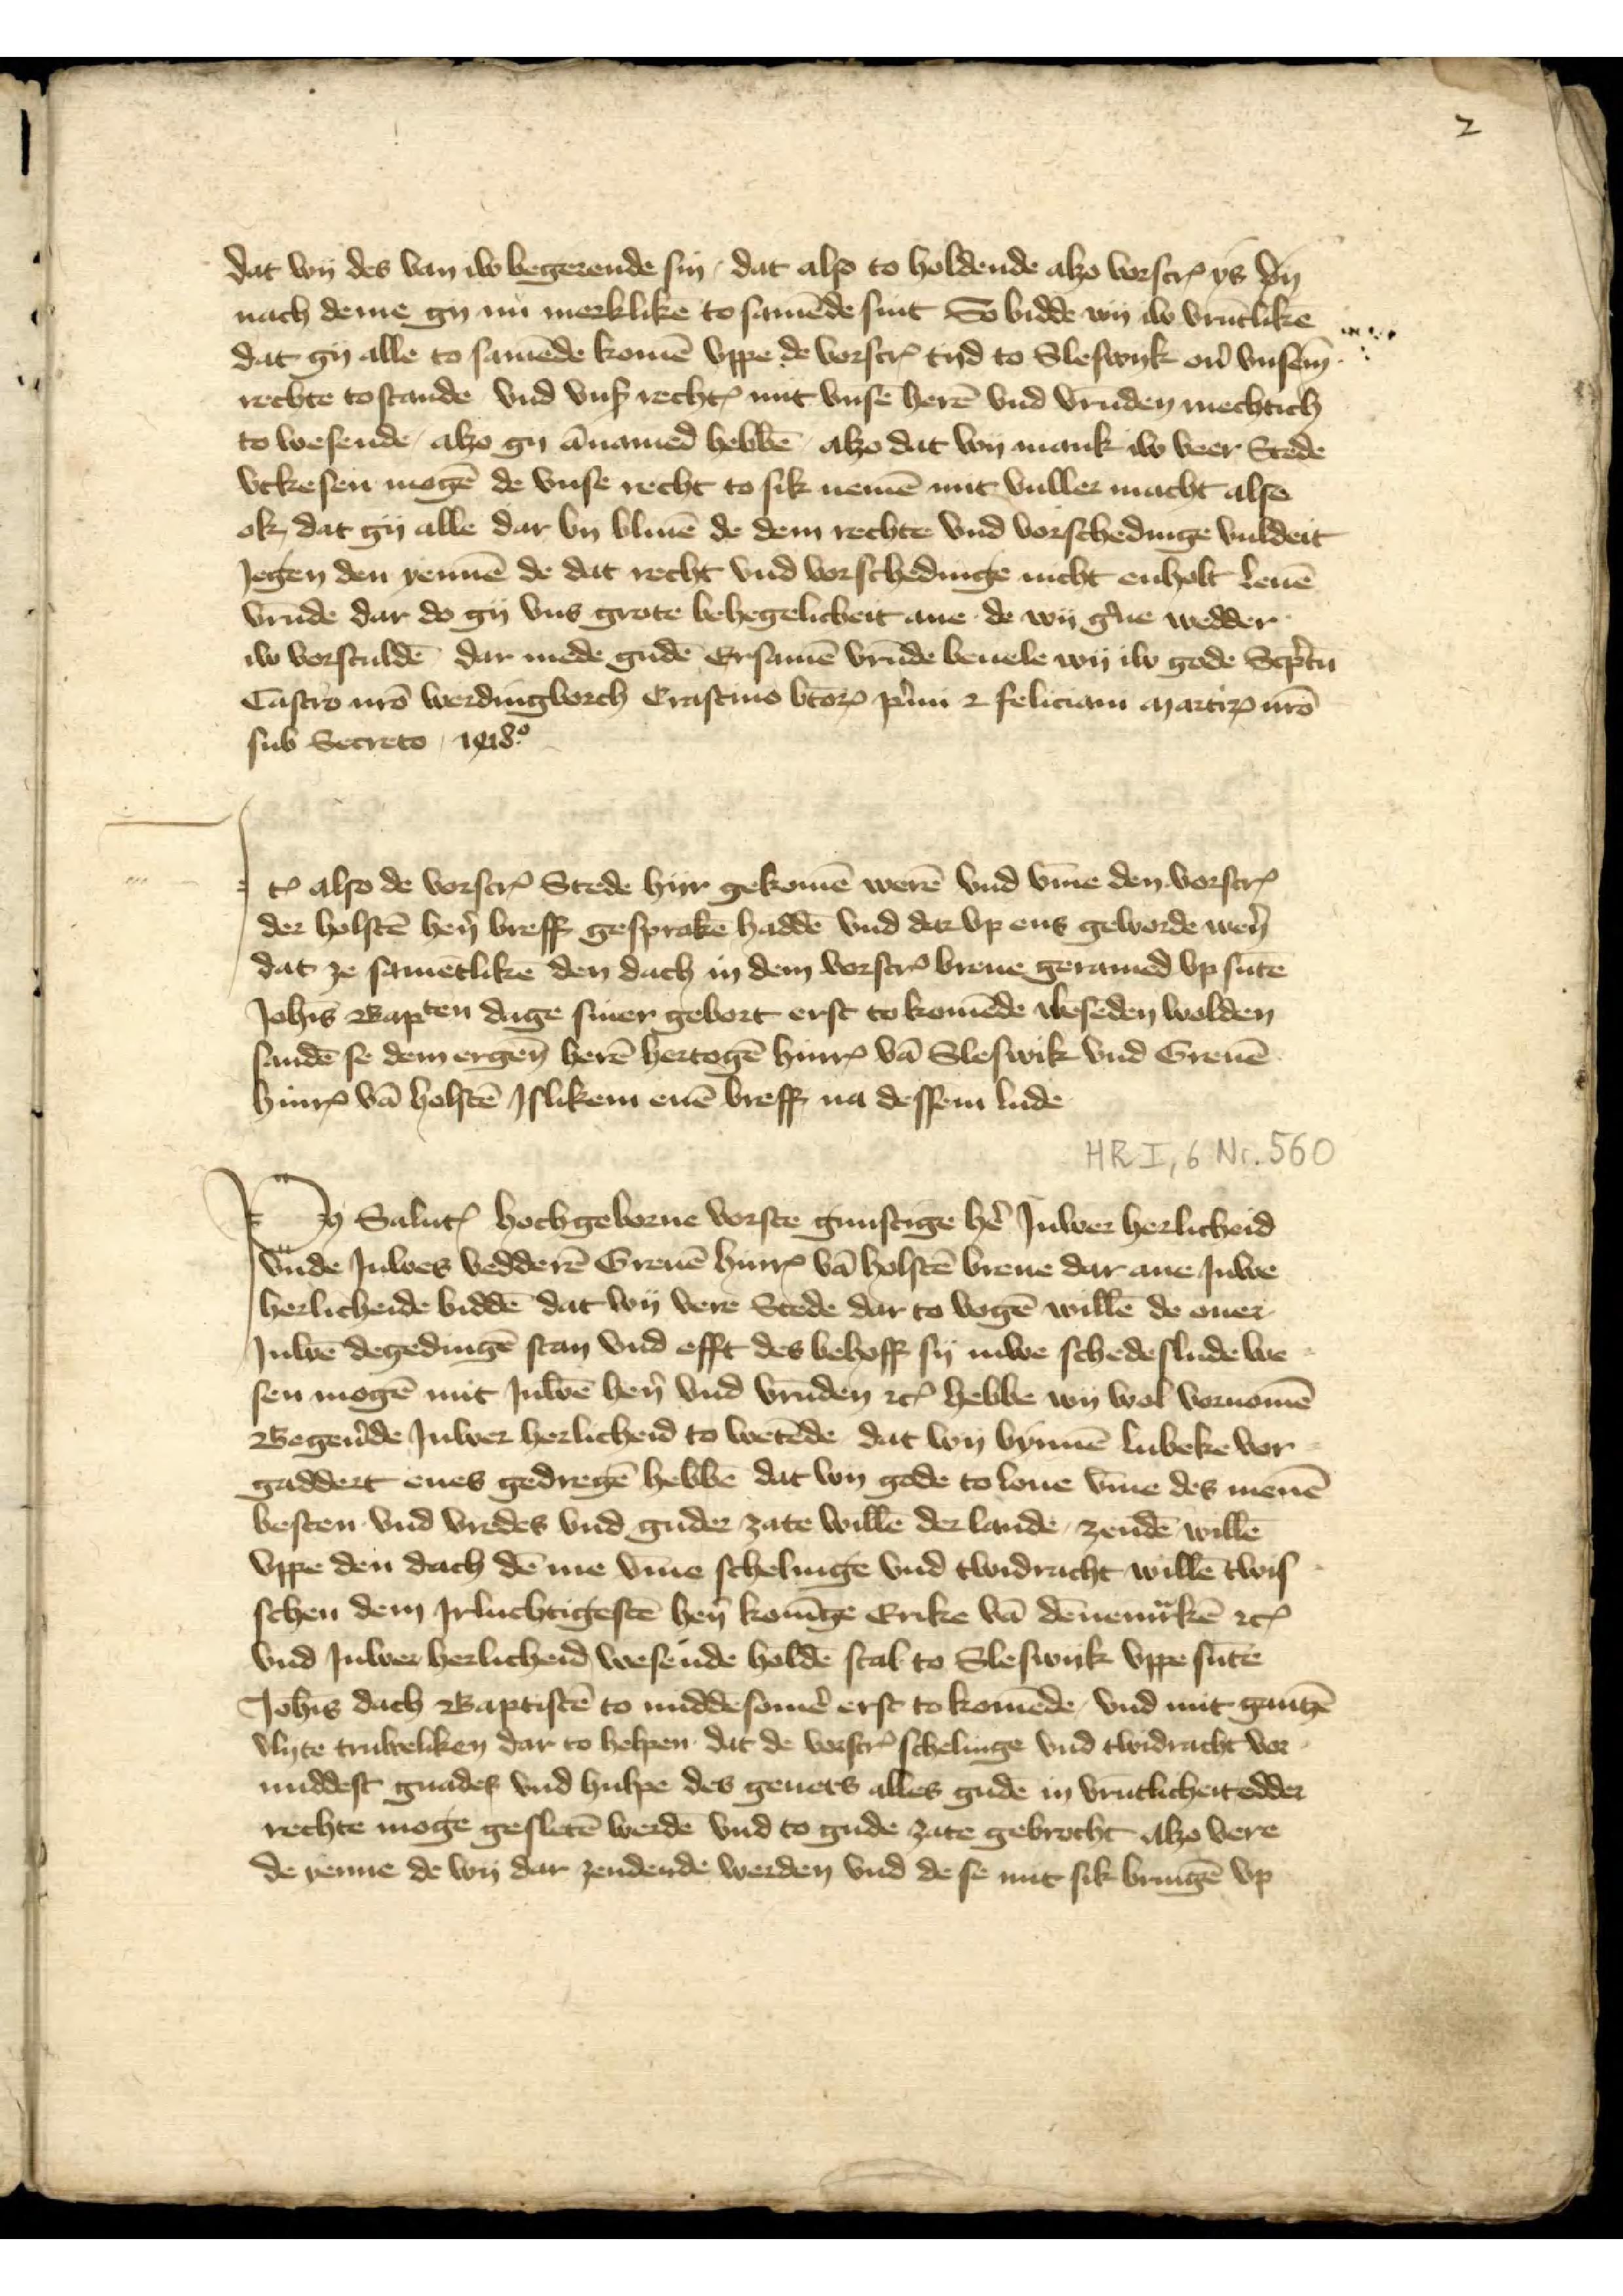
dat wy des van iw begerende sin, dat also to holdende alzo vorscrꝬ ys den
nach deme gy nu merklikē to samēde sint So bidde wy iw vrūtlike
dat gy alle to samēde komē vppe vorscrꝬ tyd to Sleswyk oủ vnsem
rechte to stande vnd vnß rechtꝬ mit vnsē herē vnd vrūden mechtich
towesende, alzo gy ānamed hebbē, alzo dat wy mank iw veer Stede
vckesen mogē de vnse recht to sik nemē mit vuller macht also
ok, dat gy alle dar by bliuē de dem rechte vnd vorschedinge vuldeit
Jegen den yennē de dat recht vnd vorschedinge nicht enholt Leuē
vrūde dar do gy vns grote behegelicheit ane de wy g̉ne wedder
iw vorsculdē dar mede gudē Ersamē vrūde beuele wy iw gode Scp̉tn
Castro nrō werdingborch crastius brorꝬ p̉mi 2 feliciam martirꝬ nrō
sub secreto 1218

Iꝷ also de vorscrꝬ Stede hyr gekomē werē vnd v̄me den vorscrꝬ
der Holstē hẻn breff gesprakē haddē vnd darvp ens geworde wẻn
dat ze samētlike den dach in dem vorscrꝬ breue geramed vp sūte
Joh̄is Bapten dage siner gebort erst to komēde wesēden wolden
sandē se dem ergen̄ herē hertogē HinrꝬ vā Sleswik vnd Grevē
HinrꝬ vā Holstē Jslikem enē breff na dessen lude

Po̧ Saluꝷ hochgeborne vorste gunstige hẻ Juwer herlicheid
vnde Juwes vedderē Greuē HinrꝬ vā Holstē breue dar ane Juwe
herlicheide biddē dat wy vere Stede dat to vogē willē de ouer
Juwē degedingē stan vnd efft des behoff sy Juwe schedeslude we¬
sen mogē mit Juwē hẻn vnd vrūden etꝬ hebbe wy wol vornomē
Begẻnde Juwer herlicheid to wetēde dat wy bynnē Lubeke vor
gaddert enes gedregē hebbē dat wy gode to loue v̄me des menē
besten vnd vredes vnd guder zate willē der lande, zendē willē
vppe den dach dēme v̄me schelinge vnd twidracht willē twis¬
schen dem Jrluchtigestē hẻn Konīge Erike van Dēnemͣrken etꝬ
vnd Juwer herlicheid wesende holdē stal to Sleswik vppe sūte
Joh̄is dach Baptistē to middesomẻ erst to komēde vnd mit gantzē
vlyte truweliken dar to helpen dat de vorscrꝬ schelinge vnd twidracht vor
middelst gnades vnd hulpe des genets alles gude in vrūtlicheit edder
rechte moge gesletē werdē vnd to gude zate gebrocht alzo vere
de yenne de wy dar zendende werden vnd de se mit sik bringē vp